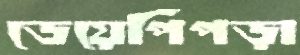
ডেয়েপিঁপড়া